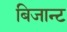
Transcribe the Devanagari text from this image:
बिजान्ट